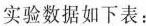
实验数据如下表：